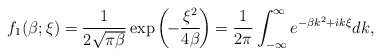
\begin{align*}f_{1}(\beta; \xi) = \frac{1}{2\sqrt{\pi \beta}} \exp\left(\!-\frac{\xi^{2}}{4\beta}\!\right)=\frac{1}{2\pi}\int_{-\infty}^{\infty}e^{-\beta k^{2} + i k \xi} dk, \end{align*}